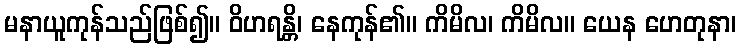
မနာယူကုန်သည်ဖြစ်၍။ ဝိဟရန္တိ၊ နေကုန်၏။ ကိမိလ၊ ကိမိလ။ ယေန ဟေတုနာ၊